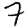
Digit: 7